Vaccination report Assam 1896-1927 - 1896-1927
Year: 1896
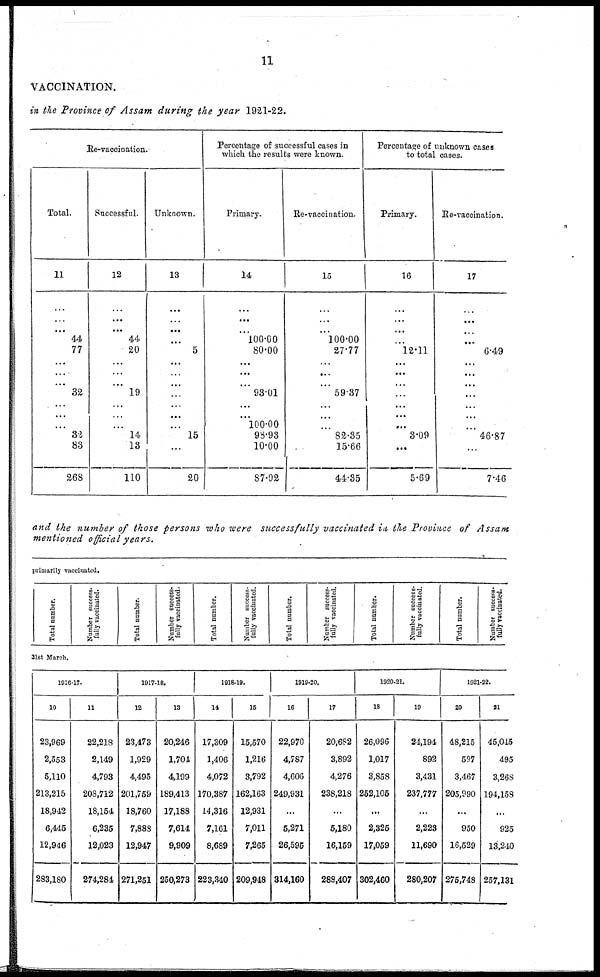
11
VACCINATION.
in the Province of Assam during the year 1921-22.
Re-vaccination.
Total.
11
...
...
...
44
77
...
...
...
32
...
...
...
32
83
268
Successful.
12
...
...
...
44
20
...
...
...
19
...
...
...
14
13
110
Unknown.
13
...
...
...
...
5
...
...
...
...
...
...
...
15
...
20
Percentage of successful cases in
which the results were known.
Primary.
14
...
...
...
100.00
80.00
...
...
...
93.01
...
...
100.00
98.93
10.00
87.92
Re-vaccination.
15
...
...
...
100.00
27.77
...
...
...
59.37
...
...
...
82.35
15.66
44.35
Percentage of unknown cases
to total cases.
Primary.
16
...
...
...
...
12.11
...
...
...
...
...
...
...
3.09
...
5.69
Re-vaccination.
17
...
...
...
...
6.49
...
...
...
...
...
...
...
46.87
...
7.46
and the number of those persons who were successfully vaccinated in the Province of Assam
mentioned official years.
primarily vaccinated.
Total number.
Number success-
fully vaccinated.
Total number.
Number success-
fully vaccinated.
Total number.
Number success-
fully vaccinated.
Total number.
Number success-
fully vaccinated.
Total number.
Number success-
fully vaccinated.
Total number.
Number success-
fully vaccinated.
31st March.
1916-17.
10
23,969
2,553
5,110
213,215
18,942
6,445
12,946
283,180
11
22,218
2,149
4,793
208,712
18,154
6,235
12,023
274,2814
1917-18.
12
23,473
1,929
4,495
201,759
18,760
7,888
12,947
271,251
13
20,246
1,704
4,199
189,413
17,188
7,614
9,909
250,273
1918-19.
14
17,309
1,406
4,072
170,387
14,316
7,161
8,689
223,340
15
15,570
1,216
3,792
162,163
12,931
7,011
7,265
209,948
1919-20.
16
22,970
4,787
4,606
249,931
...
5,271
26,595
314,160
17
20,682
3,892
4,276
238,218
...
5,180
16,159
288,407
1920-21.
18
26,096
1,017
3,858
252,105
...
2,325
17,059
302,460
19
24,194
892
3,431
237,777
...
2,223
11,690
280,207
1921-22.
20
48,215
597
3,467
205,990
...
950
16,529
275,748
21
45,045
495
3,268
194,158
...
925
13,240
257,131